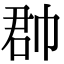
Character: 𢃆